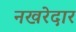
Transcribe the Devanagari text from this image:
नखरेदार